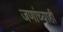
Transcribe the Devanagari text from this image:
जणांच्याही